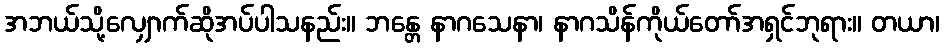
အဘယ်သို့လျှောက်ဆိုအပ်ပါသနည်း။ ဘန္တေ နာဂသေနာ၊ နာဂသိန်ကိုယ်တော်အရှင်ဘုရား။ တယာ၊